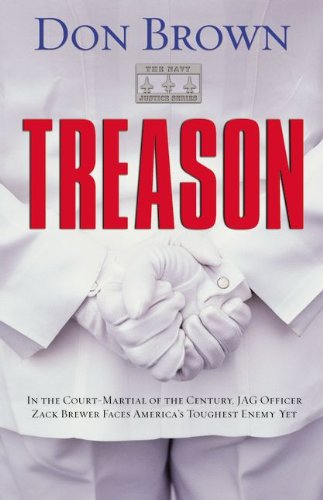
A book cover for Treason (Navy Justice, Book 1); Don Brown; Religion & Spirituality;